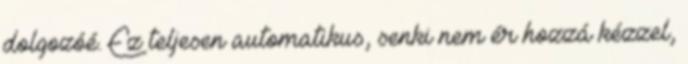
dolgozóé. Ez teljesen automatikus, senki nem ér hozzá kézzel,